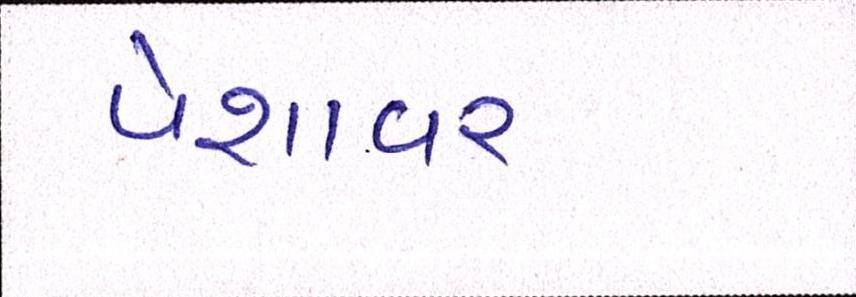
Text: પેશાવર